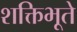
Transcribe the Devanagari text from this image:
शक्तिभूते